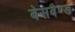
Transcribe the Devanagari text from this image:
बेसबैण्ड